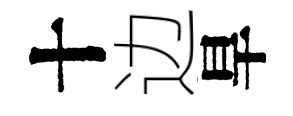
十边旱